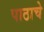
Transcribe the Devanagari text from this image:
पाठाचे